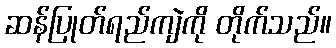
ဆန်ပြုတ်ရည်ကျဲကို တိုက်သည်။